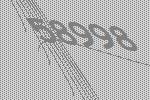
58998